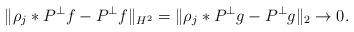
LaTeX: \begin{align*}\|\rho_j * P^\perp f - P^\perp f\|_{H^2} = \| \rho_j * P^\perp g - P^\perp g\|_2 \to 0.\end{align*}